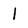
Character: 1